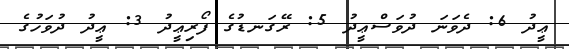
ޢީދު 6: ދެވަނަ ދުވަސްޢީދު 5: ރޭގަނޑުގެ ފޯރިޢީދު 3: ޢީދު ދުވަހުގެ